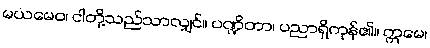
မယမေဝ၊ ငါတို့သည်သာလျှင်။ ပဏ္ဍိတာ၊ ပညာရှိကုန်၏။ ဣမေ၊